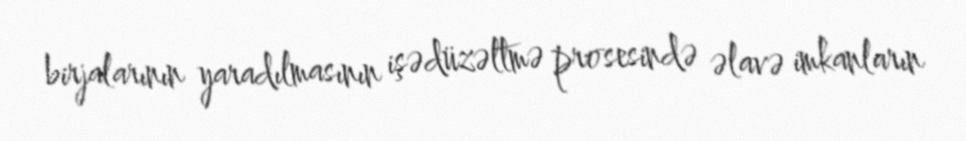
birjalarının yaradılmasının işədüzəltmə prosesində əlavə imkanların